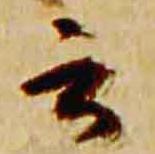
云